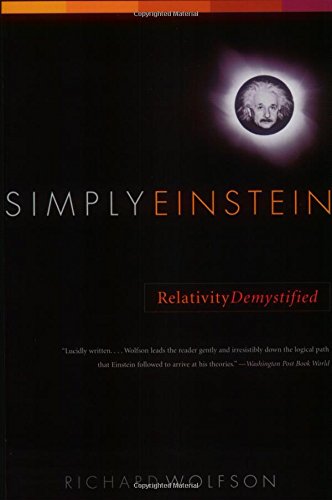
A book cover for Simply Einstein: Relativity Demystified; Richard Wolfson; Science & Math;